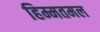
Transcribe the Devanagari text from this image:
हिम्मतमल